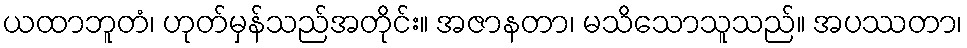
ယထာဘူတံ၊ ဟုတ်မှန်သည်အတိုင်း။ အဇာနတာ၊ မသိသောသူသည်။ အပဿတာ၊